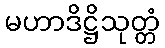
မဟာဒိဋ္ဌိသုတ္တံ